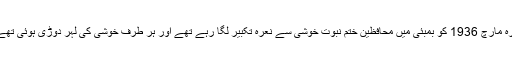
بارہ مارچ 1936 کو بمبئی میں محافظین ختم نبوت خوشی سے نعرہ تکبیر لگا رہے تھے اور ہر طرف خوشی کی لہر دوڑی ہوئی تھے ۔